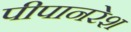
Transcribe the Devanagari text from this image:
पीपानरेश